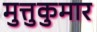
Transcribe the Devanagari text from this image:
मुत्तुकुमार